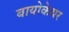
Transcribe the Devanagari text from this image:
बायोकेयर